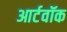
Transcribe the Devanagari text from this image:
आर्टवॉक